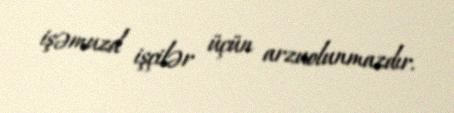
işəmuzd işçilər üçün arzuolunmazdır.